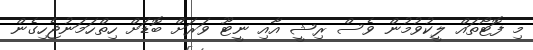
މި ފޮޓޯތައް ލީކުވުމުން ވެސް ރިޝީ އާއި ނީޓޫ ވަރަށް ބޮޑަށް ހިތްހަމަނުޖެހިގެން